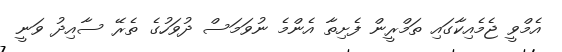
އެމްވީ ޖެމެއިކާގައި ތަމްރީން ފެށިތާ އެންމެ ނުވަމަސް ދުވަހުގެ ތެރޭ ސާއިދު ވަނީ